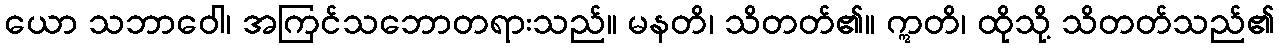
ယော သဘာဝေါ၊ အကြင်သဘောတရားသည်။ မနတိ၊ သိတတ်၏။ ဣတိ၊ ထိုသို့ သိတတ်သည်၏